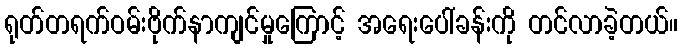
ရုတ်တရက်ဝမ်းဗိုက်နာကျင်မှုကြောင့် အရေးပေါ်ခန်းကို တင်လာခဲ့တယ်။